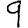
Digit: 9